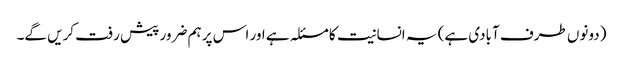
(دونوں طرف آبادی ہے) یہ انسانیت کا مسئلہ ہے اور اس پر ہم ضرور پیش رفت کریں گے۔